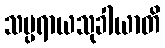
သမ္ပရာယသုခါယာတိ